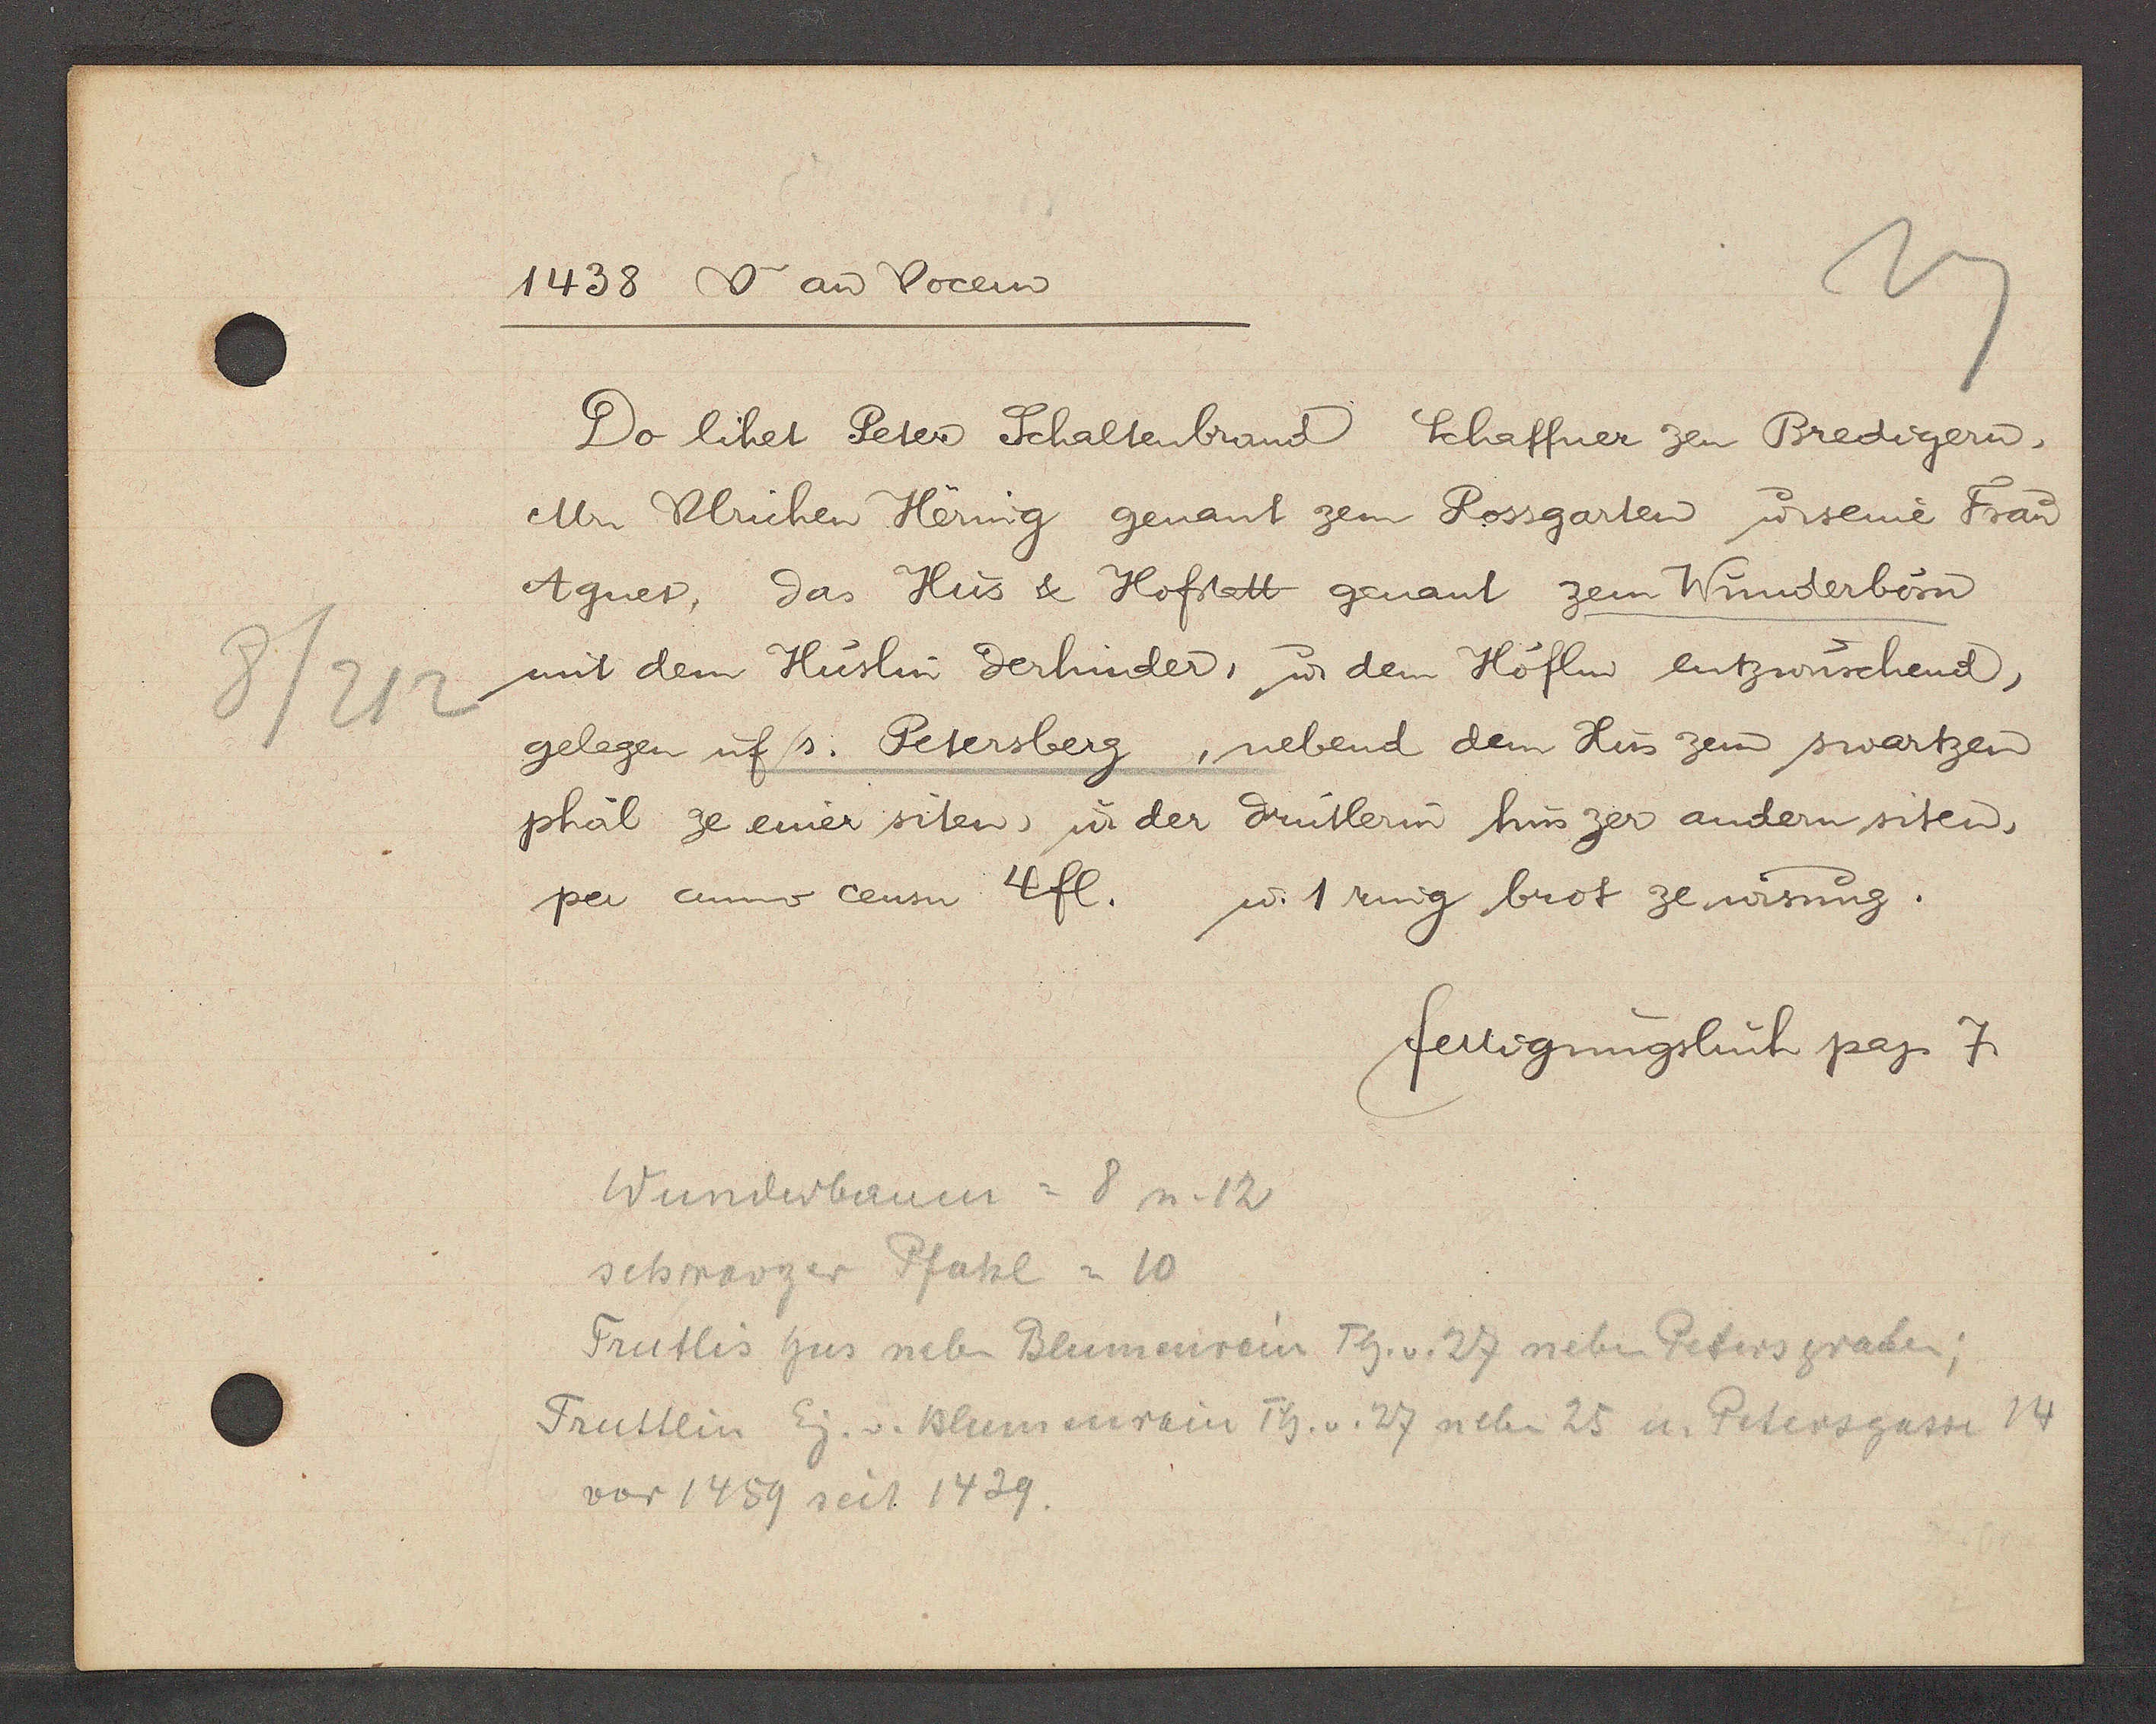
Transcript:
8/212

1438 Va aȵ Vocem

Do lihet Peter Schaltenbrand Schaffner zen Bredigern,
Mr Ulrichen Herring genant zem Rossgarten u. seine Frau
Agnes, das Hus & Hofstatt genant zem Winderbom
mit dem Hüslin derhinder, u. dem Höflin entzwüschend,
gelegen uf s. Petersberg, nebend dem Hus zem swartzen
phal ze einer siten, ư der drutlerin hus zer andern siten,
per anno censu 4 fl. u. 1 ring brot ze wisung.

fertigungsbuch pag.
7

Wunderbaum = 8 u. 12
schwarzer Pfahl = 10
Trutlis hus neben Blumenrein Th. v. 27 neben Petersgraben;
Truttlin Eig. v. Blumenrain Th. v. 27 neben 25 u. Petersgasse 14
vor 1459 seit 1439.